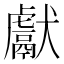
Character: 獻